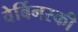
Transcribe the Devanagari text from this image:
वेर्बिनस्की